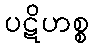
ပဋိဟစ္စ